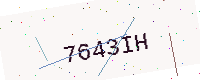
Text: 7643IH